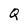
Character: Q